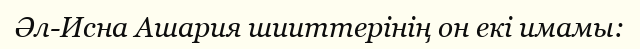
Әл-Исна Ашария шииттерінің он екі имамы: